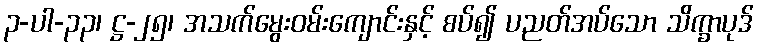
၃-ပါ-၃၃၊ ဋ္ဌ-၂၅၊ အသက်မွေးဝမ်းကျောင်းနှင့် စပ်၍ ပညတ်အပ်သော သိက္ခာပုဒ်